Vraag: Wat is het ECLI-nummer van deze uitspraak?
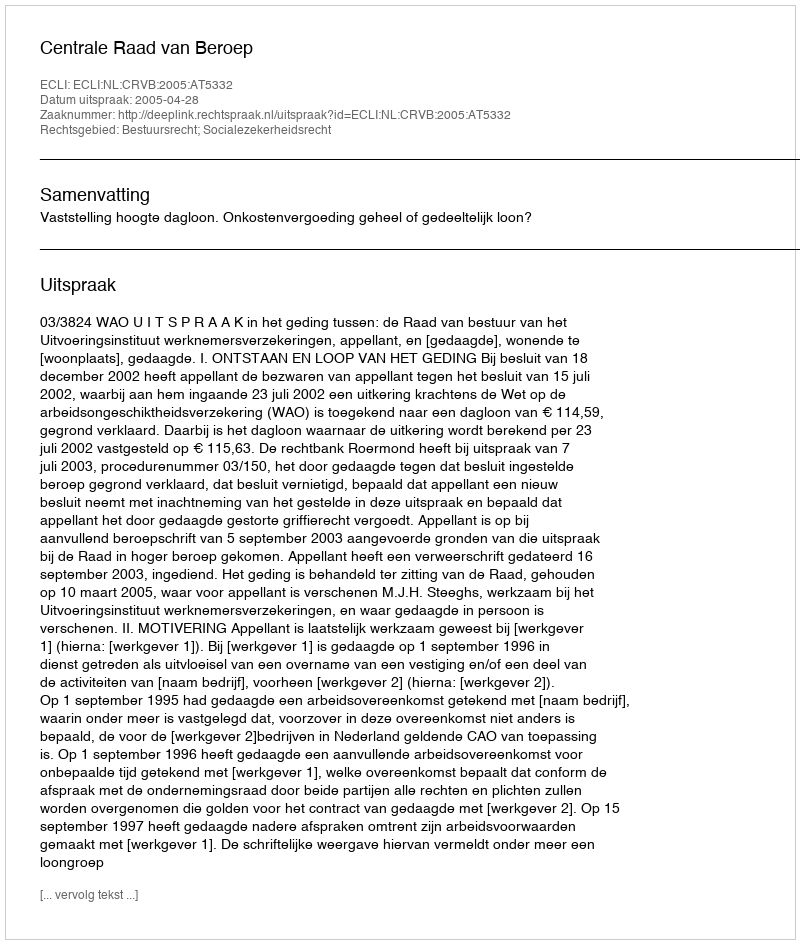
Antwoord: ECLI:NL:CRVB:2005:AT5332